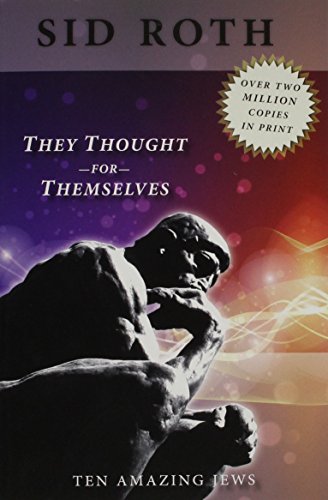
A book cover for They Thought for Themselves: Ten Amazing Jews; Sid Roth; Christian Books & Bibles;